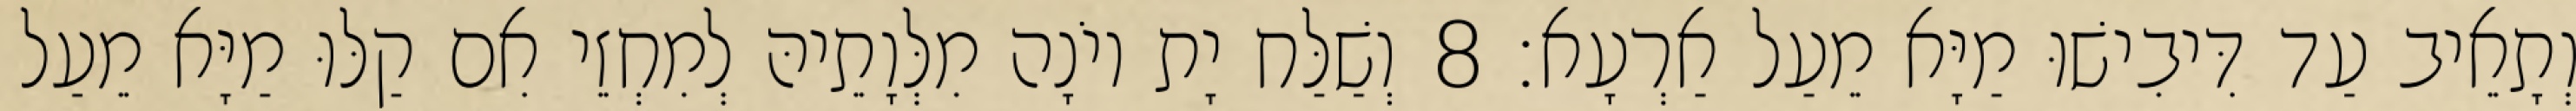
וְתָאֵיב עַד דִּיבִישׁוּ מַיָּא מֵעַל אַרְעָא׃ 8 וְשַׁלַּח יָת יוֹנָה מִלְּוָתֵיהּ לְמִחְזֵי אִם קַלּוּ מַיָּא מֵעַל